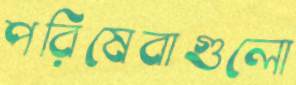
পরিষেবাগুলো